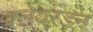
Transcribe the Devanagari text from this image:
क्लेयरडन